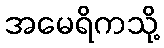
အမေရိကသို့